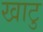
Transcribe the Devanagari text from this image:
खाटु